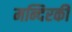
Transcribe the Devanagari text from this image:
मन्दिरकी